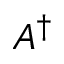
A ^ { \dag }